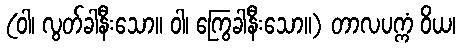
(ဝါ၊ လွတ်ခါနီးသော။ ဝါ၊ ကြွေခါနီးသော။) တာလပက္ကံ ဝိယ၊